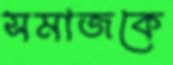
সমাজকে